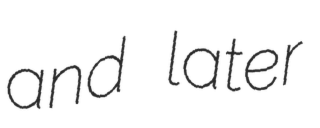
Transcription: and later